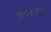
જાસપર